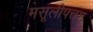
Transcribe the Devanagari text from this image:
मसूलीपत्तम